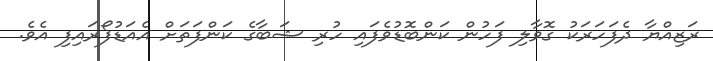
ރަޒިއްޔާ ދެފަހަރަކު ގޮވާލި ފަހުން ކަންބޮޑުވެފައި ހުރި ޝަބާގެ ކަންފަތަށް އެއަޑުފޯރައިފި އެވެ.